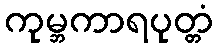
ကုမ္ဘကာရပုတ္တံ